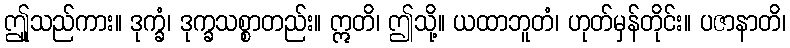
ဤူသည်ကား။ ဒုက္ခံ၊ ဒုက္ခသစ္စာတည်း။ ဣတိ၊ ဤသို့။ ယထာဘူတံ၊ ဟုတ်မှန်တိုင်း။ ပဇာနာတိ၊